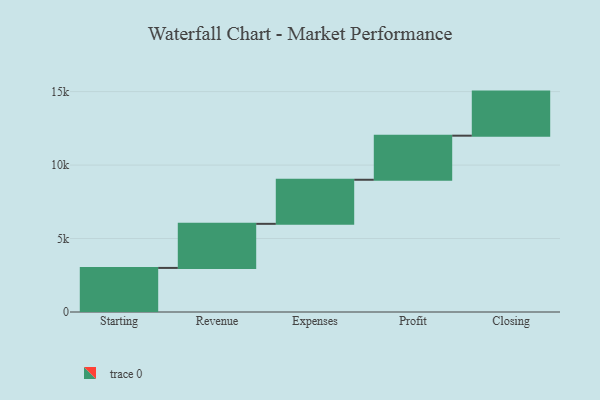
{"axis": {"x": "Step", "y": "Value"}, "legend": [""], "data": [{"x": "Starting", "y": 3000, "type": ""}, {"x": "Revenue", "y": 3000, "type": ""}, {"x": "Expenses", "y": 3000, "type": ""}, {"x": "Profit", "y": 3000, "type": ""}, {"x": "Closing", "y": 3000, "type": ""}]}